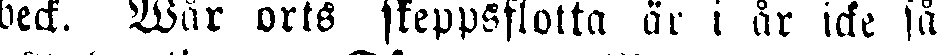
beck. Wår orts skeppsflotta är i år icke så